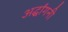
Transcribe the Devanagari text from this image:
अर्द्धांगनी